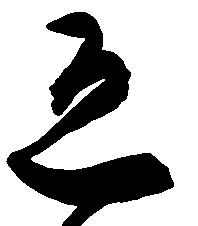
恐